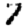
Digit: 7